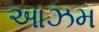
આઝમ